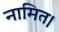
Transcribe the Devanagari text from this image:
नामित।